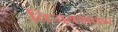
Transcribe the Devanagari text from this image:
विजयशकर